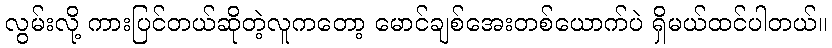
လွမ်းလို့ ကားပြင်တယ်ဆိုတဲ့လူကတော့ မောင်ချစ်အေးတစ်ယောက်ပဲ ရှိမယ်ထင်ပါတယ်။